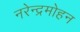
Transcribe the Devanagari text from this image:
नरेन्द्रमोहन